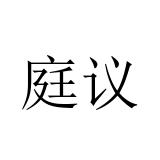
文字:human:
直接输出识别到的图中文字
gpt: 庭议